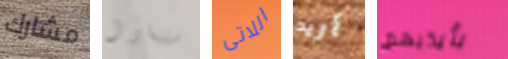
مشارك ستتناول اللاتى أريد بأيديهم